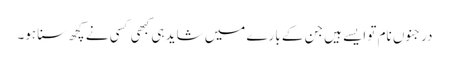
درجنوں نام تو ایسے ہیں جن کے بارے میں شاید ہی کبھی کسی نے کچھ سنا ہو۔